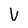
Character: v